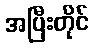
အပြီးတိုင်